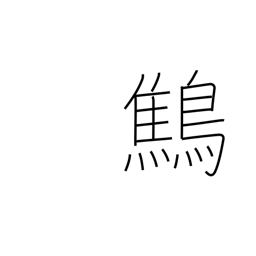
Meaning: wren